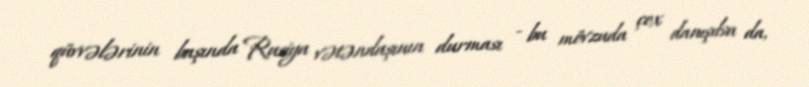
qüvvələrinin başında Rusiya vətəndaşının durması - bu mövzuda çox danışılsa da,